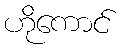
ဟိုကောင်